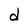
Character: d